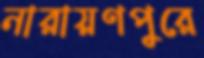
নারায়ণপুরে